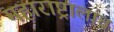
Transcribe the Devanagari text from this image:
महाराष्ट्रालाच